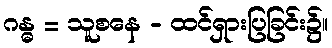
ဂန္ဓ = သူစနေ - ထင်ရှားပြခြင်း၌။